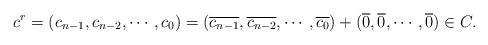
LaTeX: \begin{align*} c^r=(c_{n-1}, c_{n-2},\cdots,c_0)=(\overline{c_{n-1}}, \overline{c_{n-2}}, \cdots, \overline{c_0})+(\overline{0},\overline{0},\cdots,\overline{0})\in C.\end{align*}